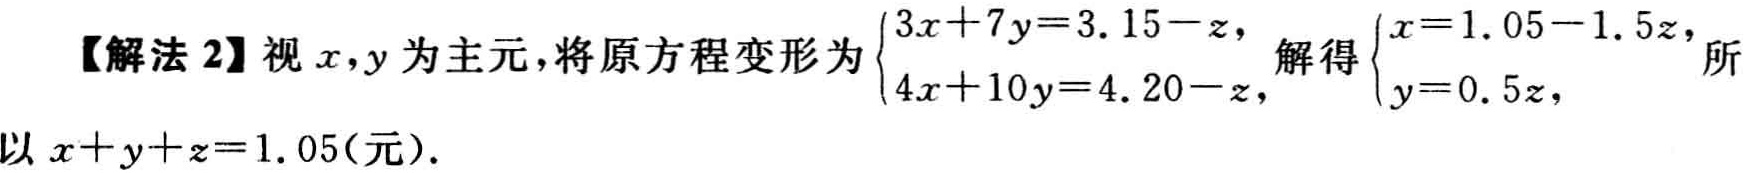
【解法 2】视 \(x,y\) 为主元，将原方程变形为\(\begin{cases}3x + 7y = 3.15 - z,\\4x + 10y = 4.20 - z,\end{cases}\) 解得\(\begin{cases}x = 1.05 - 1.5z,\\y = 0.5z,\end{cases}\) 所以 \(x + y + z = 1.05\)（元）.